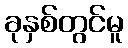
ခုနှစ်တွင်မူ